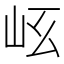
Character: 𡵮